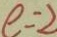
e = 2